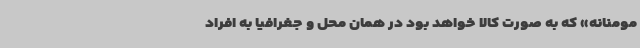
مومنانه» که به صورت کالا خواهد بود در همان محل و جغرافیا به افراد